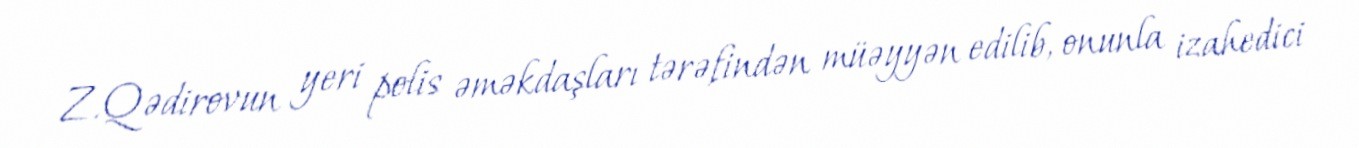
Z.Qədirovun yeri polis əməkdaşları tərəfindən müəyyən edilib, onunla izahedici